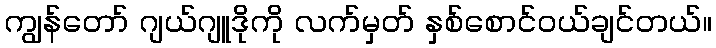
ကျွန်တော် ဂျယ်ဂျူဒိုကို လက်မှတ် နှစ်စောင်ဝယ်ချင်တယ်။